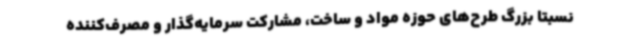
نسبتاً بزرگ طرح‌های حوزه مواد و ساخت، مشارکت سرمایه‌گذار و مصرف‌کننده